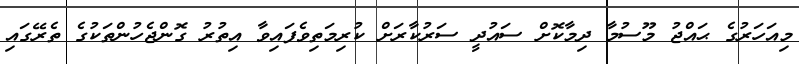
މިއަހަރުގެ ޙައްޖު މޫސުމާ ދިމާކޮށް ސައުދީ ސަރުކާރަށް ކުރިމަތިވެފައިވާ އިތުރު ގޮންޖެހުންތަކުގެ ތެރޭގައި